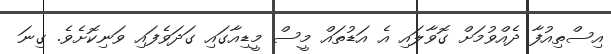
އިސްތިއުފާ ދެއްވުމަށް ގޮވާލައި އެ އަޑުތައް މީސް މީޑިއާގައި ގަދަވެފައި ވަނިކޮށެވެ. ގިނަ